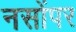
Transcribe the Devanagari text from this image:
नसोंपर